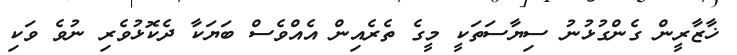
ޚާޒާރީން ގެންގުޅުނު ސިޔާސަތަކީ މީގެ ތެރެއިން އެއްވެސް ބަޔަކާ ދެކޮޅުވެރި ނުވެ ވަކި